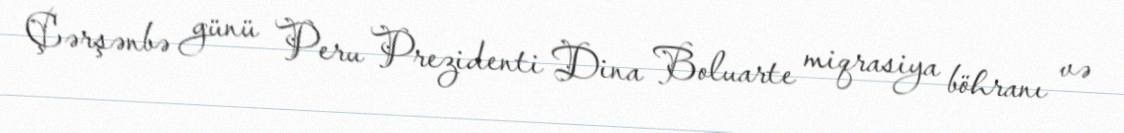
Çərşənbə günü Peru Prezidenti Dina Boluarte miqrasiya böhranı və